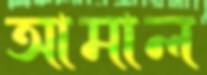
আমাল